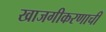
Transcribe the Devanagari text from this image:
खाजगीकरणाची